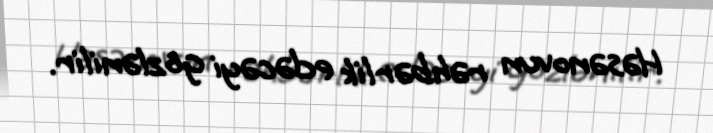
Həsənovun rəhbərlik edəcəyi gözlənilir.